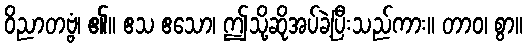
ဝိညာတဗ္ဗံ၊ ၏။ ဧသ ဧသော၊ ဤသို့ဆိုအပ်ခဲ့ပြီးသည်ကား။ တာဝ၊ စွာ။